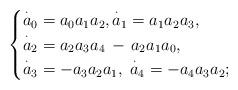
LaTeX: \begin{align*}\begin{cases}\overset \cdot a_0 = a_0 a_1 a_2, \overset \cdot a_1 = a_1a_2 a_3, \\\overset \cdot a_2 = a_2 a_3 a_4 \,-\, a_2 a_1 a_0, \\\overset \cdot a_3 = -a_3 a_2 a_1, \; \overset \cdot a_4 =-a_4 a_3 a_2;\end{cases}\end{align*}